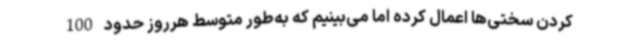
کردن سختی‌ها اعمال کرده اما می‌بینیم که به‌طور متوسط هرروز حدود 100